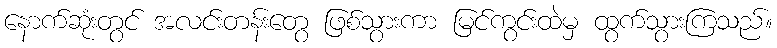
နောက်ဆုံးတွင် အလင်းတန်းတွေ ဖြစ်သွားကာ မြင်ကွင်းထဲမှ ထွက်သွားကြသည်။